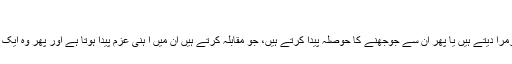
‘‘
وقت کے تھپیڑے یا تو شخصیت کو چرمرا دیتے ہیں یا پھر اُن سے جوجھنے کا حوصلہ پیدا کرتے ہیں، جو مقابلہ کرتے ہیں اُن میں آ ہنی عزم پیدا ہوتا ہے اور پھر وہ ایک نصب العین کی شکل اختیار کر لیتا ہے۔